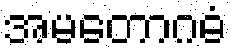
အမတောဂဓံ